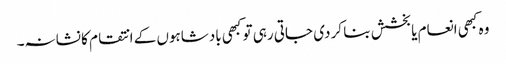
وہ کبھی انعام یا بخشش بنا کر دی جاتی رہی تو کبھی بادشاہوں کے انتقام کا نشانہ۔